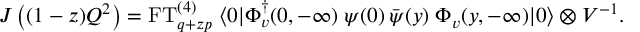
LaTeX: J \left( ( 1 - z ) Q ^ { 2 } \right) = \mathrm { F T } _ { q + z p } ^ { ( 4 ) } \; \langle 0 | \Phi _ { v } ^ { \dagger } ( 0 , - \infty ) \; \psi ( 0 ) \, \bar { \psi } ( y ) \; \Phi _ { v } ( y , - \infty ) | 0 \rangle \otimes V ^ { - 1 } .